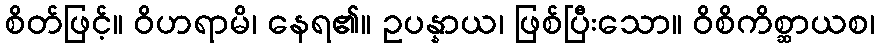
စိတ်ဖြင့်။ ဝိဟရာမိ၊ နေရ၏။ ဥပန္နာယ၊ ဖြစ်ပြီးသော။ ဝိစိကိစ္ဆာယစ၊